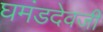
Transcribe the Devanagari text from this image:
घमंडदेवजी